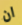
ان